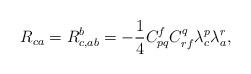
LaTeX: \begin{align*}R_{ca}=R^{b}_{c,ab}=-\frac{1}{4}C^{f}_{pq}C^{q}_{rf}\lambda_{c}^{p}\lambda_{a}^{r},\end{align*}